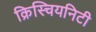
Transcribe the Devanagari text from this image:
क्रिस्चियनिटी